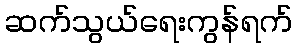
ဆက်သွယ်ရေးကွန်ရက်